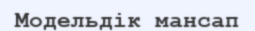
Модельдік мансап